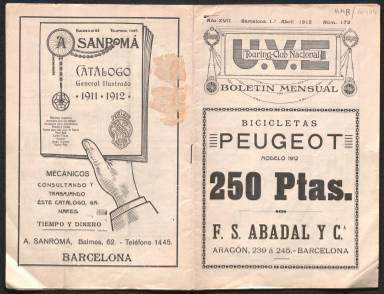
Título: Boletín oficial de la Unión Velocipédica-Touring Club Nacional
Otros títulos: Boletín oficial de la Unión Velocipédica Touring Club Nacional || Boletín mensual
Colección: Deportes
Ámbito geográfico: Barcelona
Lugar de publicación: Barcelona
Fechas: 01/04/1912-30/06/1926